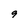
Character: 9